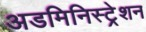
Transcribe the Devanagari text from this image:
अडमिनिस्ट्रेशन